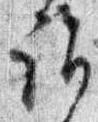
詣